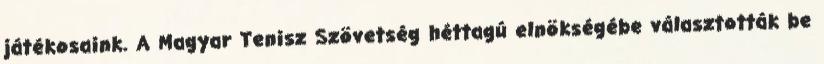
játékosaink. A Magyar Tenisz Szövetség héttagú elnökségébe választották be